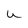
Character: u